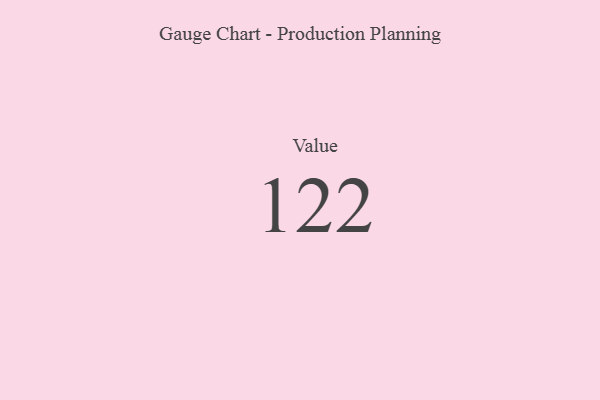
{"axis": {"x": "Metric", "y": "Value"}, "legend": [""], "data": [{"x": "Value", "y": 122, "type": ""}]}